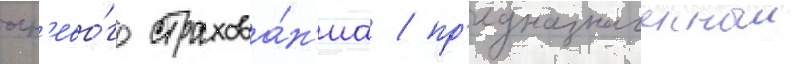
огн'ево́го страхова́н'иа / пр'едназначенныи